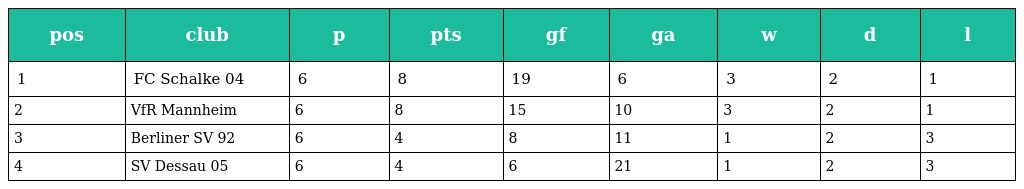
| pos | club | p | pts | gf | ga | w | d | l |
 | --- | --- | --- | --- | --- | --- | --- | --- | --- |
 | 1 | FC Schalke 04 | 6 | 8 | 19 | 6 | 3 | 2 | 1 |
 | 2 | VfR Mannheim | 6 | 8 | 15 | 10 | 3 | 2 | 1 |
 | 3 | Berliner SV 92 | 6 | 4 | 8 | 11 | 1 | 2 | 3 |
 | 4 | SV Dessau 05 | 6 | 4 | 6 | 21 | 1 | 2 | 3 |